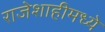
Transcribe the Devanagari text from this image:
राजेशाहीमध्ये